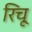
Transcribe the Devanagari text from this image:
रिचू